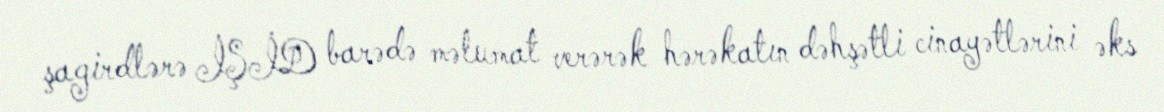
şagirdlərə İŞİD barədə məlumat verərək hərəkatın dəhşətli cinayətlərini əks